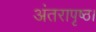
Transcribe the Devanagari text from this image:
अंतरापृष्ठ।